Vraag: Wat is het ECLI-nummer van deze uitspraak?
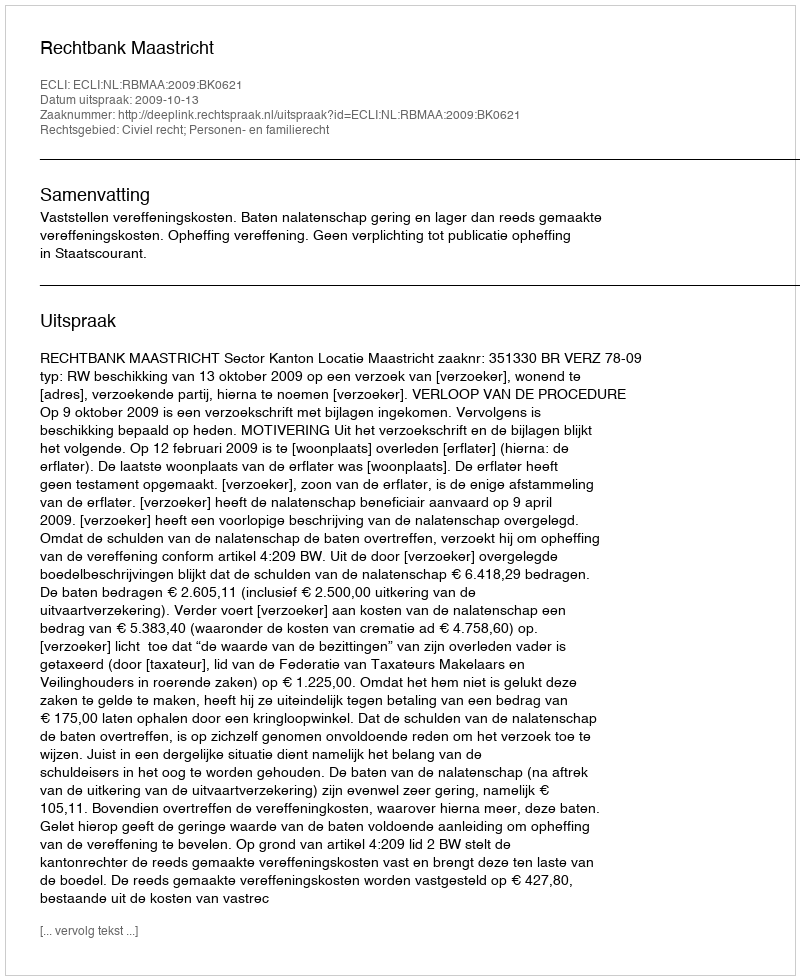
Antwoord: ECLI:NL:RBMAA:2009:BK0621